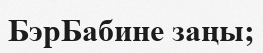
БэрБабине заңы;